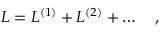
{ \cal L } = { \cal L } ^ { ( 1 ) } + { \cal L } ^ { ( 2 ) } + \dots \ \ \ ,